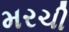
મરચી